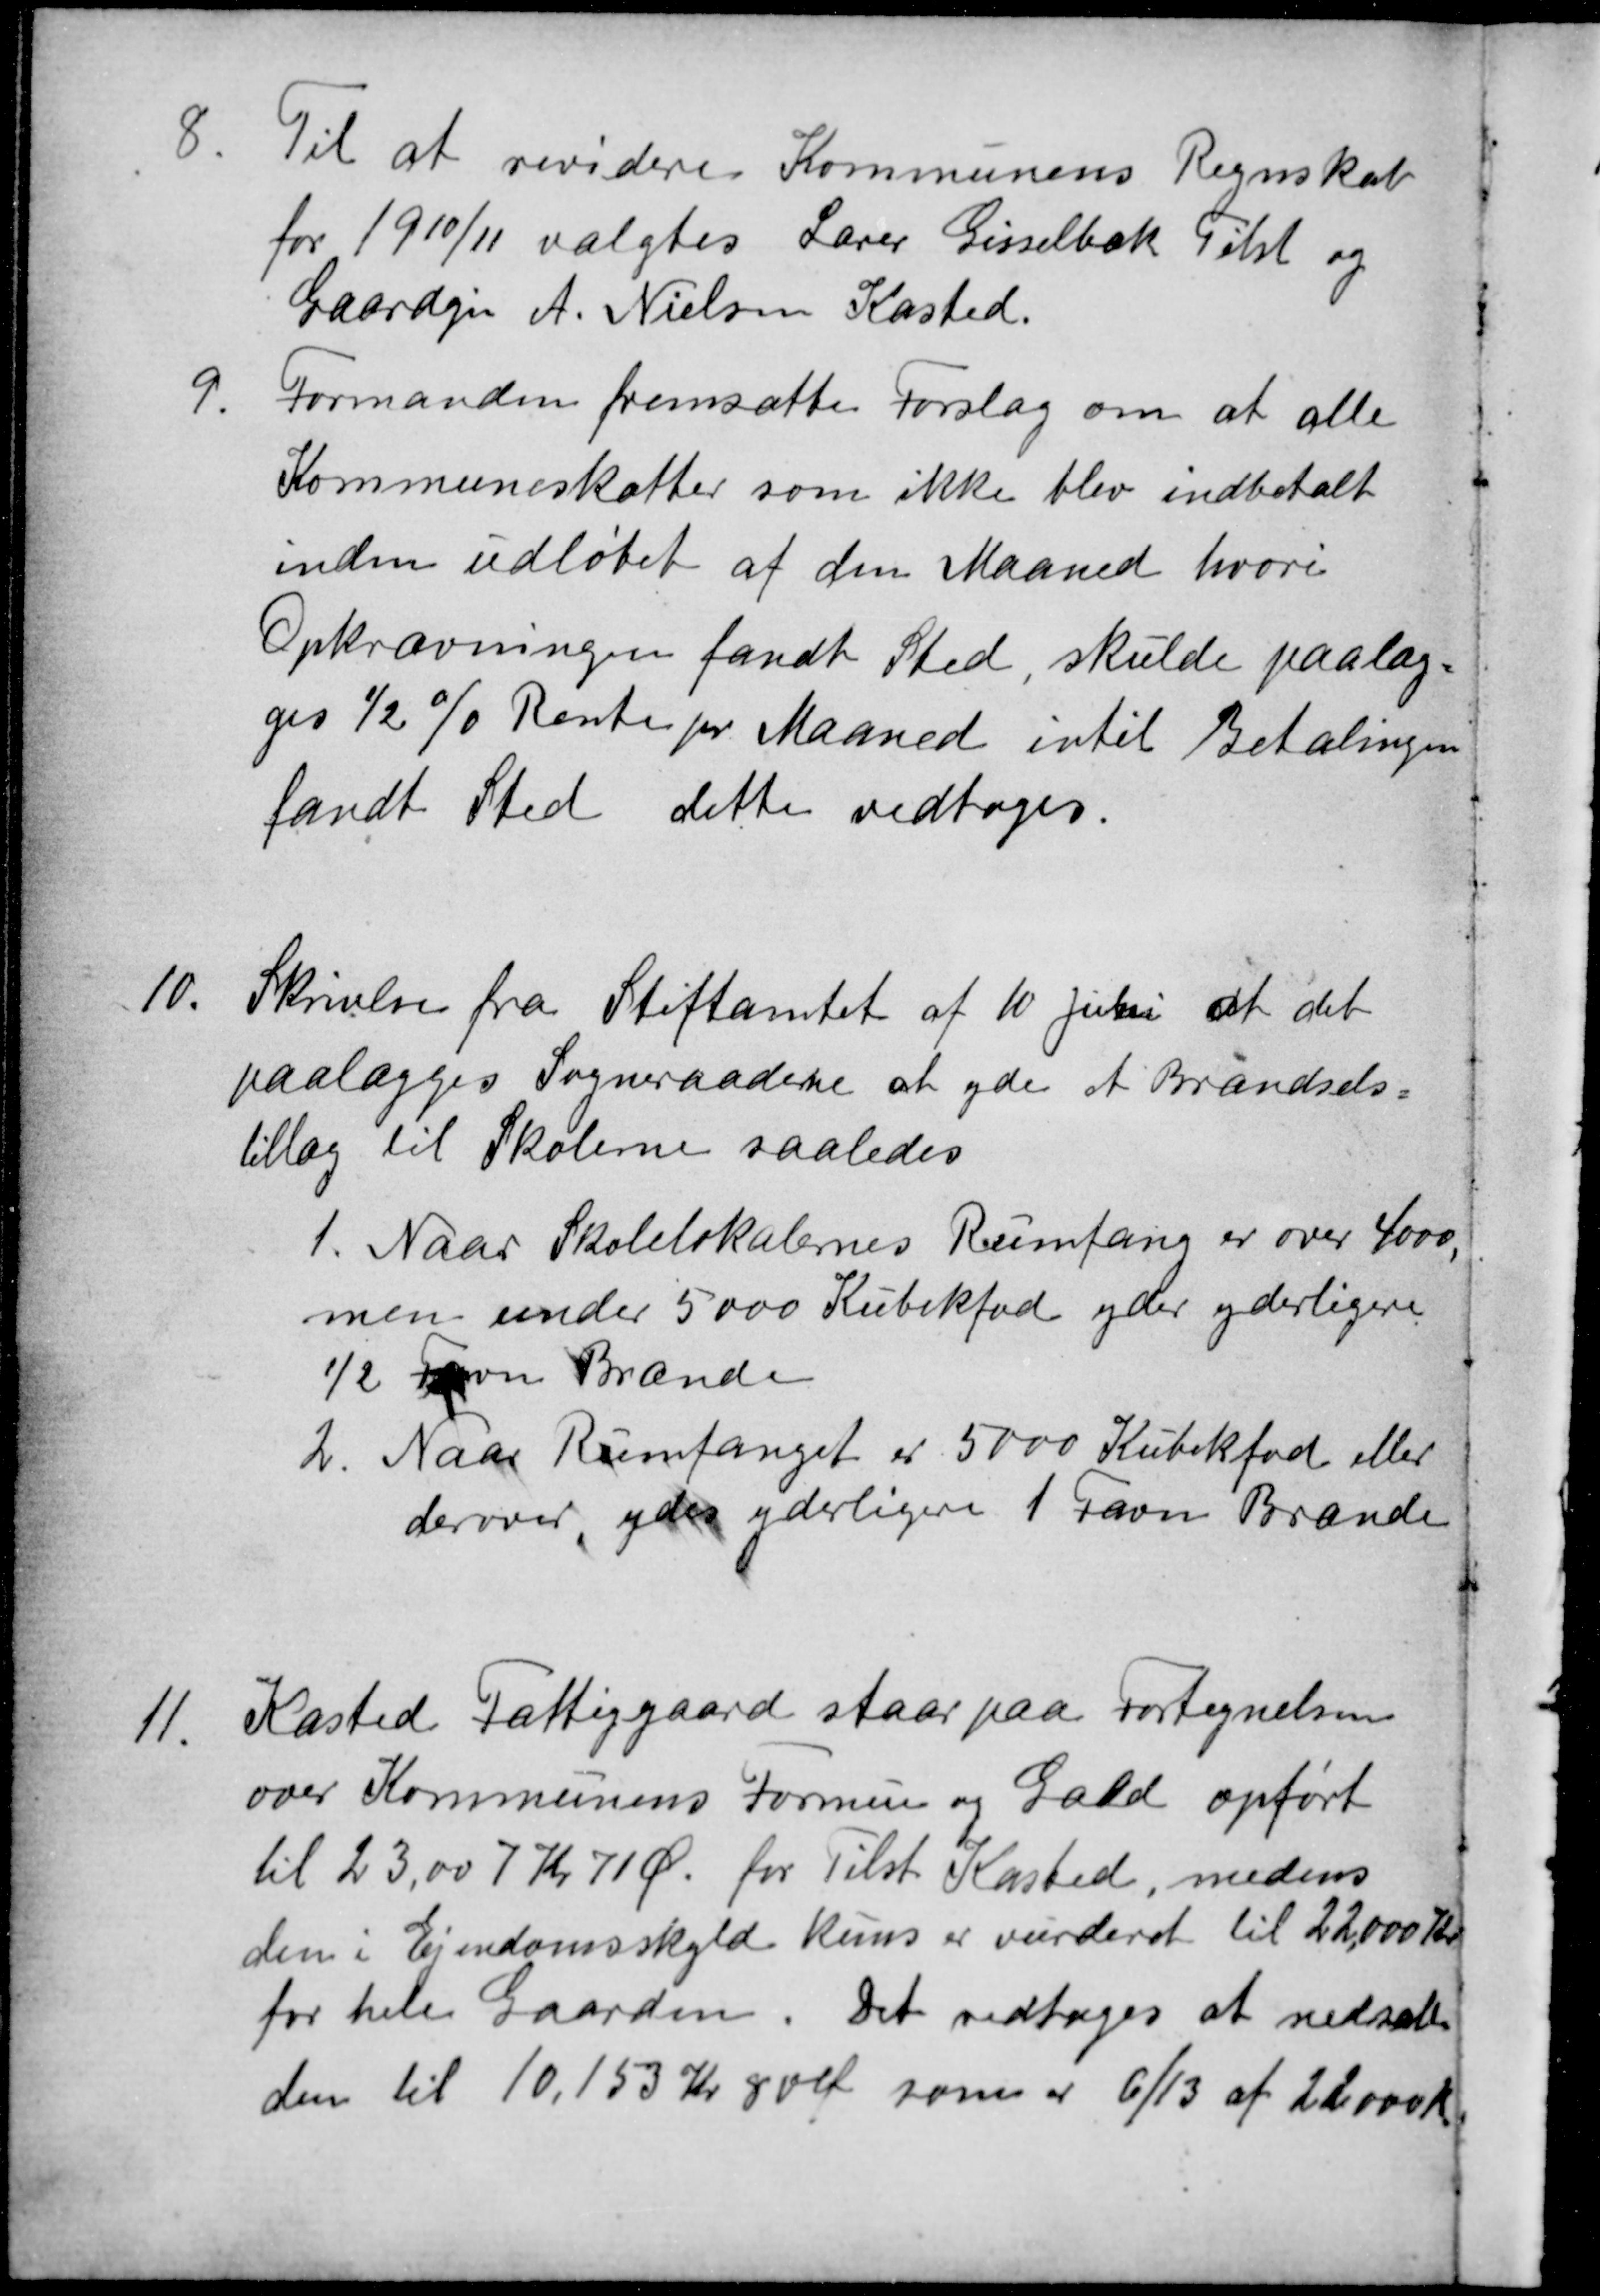
Transskription:
8
Til at revidere Kommunens Regnskab
for 1910/11 valgtes Lærer Gisselbæk Tilst og
Gaardejer A. Nielsen Kasted.
9.
Formanden fremsatte Forslag om at alle
Kommuneskatter som ikke blev indbetalt
inden udløbet af den Maaned hvori
Opkrævningen fandt Sted skulde paalæg
ges ½ % Rente pr Maaned intil Betalingen
fandt Sted dette vedtoges.
10.
Skrivelse fra Stiftamtet af 10 Juni at det
paalægges Sogneraadene at yde et Brændsels
tillæg til Skolerne saaledes
1.
Naar Skolelokalernes Rumfang er over 4000,
men under 5000 Kubikfod yder yderligere
½ Favn Brænde
2. Naar Rumfanget er 5000 Kubikfod eller
derover, ydes yderligere 1 Favn Brænde
11.
Kasted Fattiggaard staar paa Fortegnelsen
over Kommunens Formue og Gæld opført
til 23,007 Kr 71 Ø for Tilst Kasted, medens
den i Ejendomsskyld kuns er vurderet til 22,000 Kr.
for hele Gaarden. Det vedtoges at nedsætte
den til 10.153 Kr 80 Ø som er 6/13 af 22000 Kr